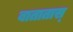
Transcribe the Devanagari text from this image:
बातातास्